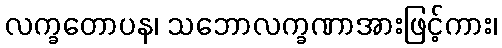
လက္ခတောပန၊ သဘောလက္ခဏာအားဖြင့်ကား၊